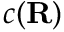
c ( \mathbf { R } )